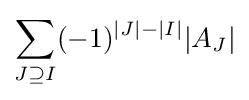
\sum _{J\supseteq I}(-1)^{|J|-|I|}|A_{J}|